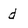
Character: d